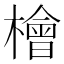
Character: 檜